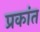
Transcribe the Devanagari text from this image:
प्रकांत